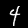
Label: 4